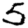
Digit: 5